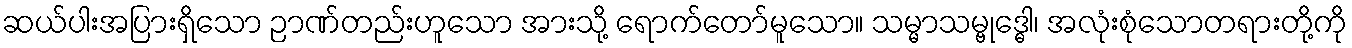
ဆယ်ပါးအပြားရှိသော ဉာဏ်တည်းဟူသော အားသို့ ရောက်တော်မူသော။ သမ္မာသမ္ဗုဒ္ဓေါ၊ အလုံးစုံသောတရားတို့ကို